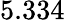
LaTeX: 5.334